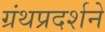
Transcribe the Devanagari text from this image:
ग्रंथप्रदर्शने